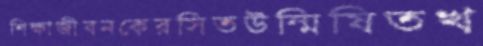
শিক্ষাজীবনকেরসিতউন্মিষিতখ